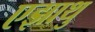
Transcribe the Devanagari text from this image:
एझाथु